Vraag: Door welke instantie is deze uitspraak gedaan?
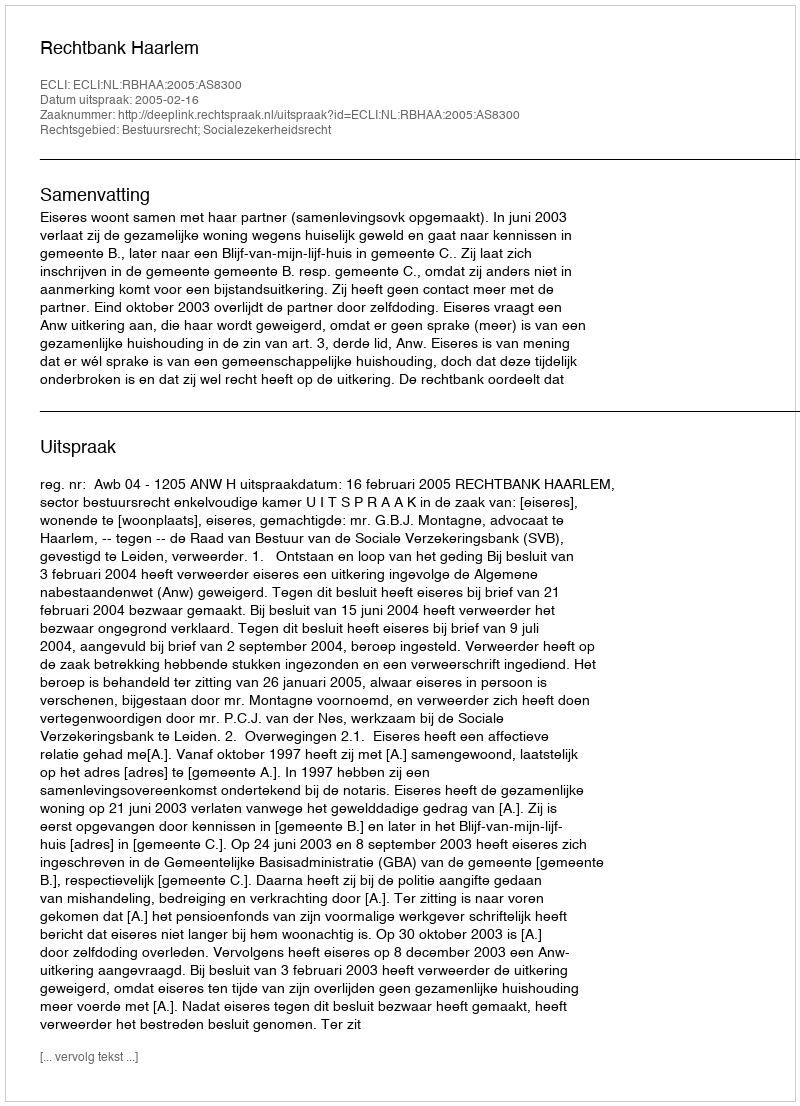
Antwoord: Rechtbank Haarlem